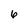
Character: 6